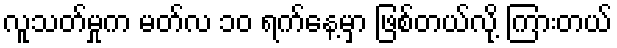
လူသတ်မှုက မတ်လ ၁၀ ရက်နေ့မှာ ဖြစ်တယ်လို့ ကြားတယ်